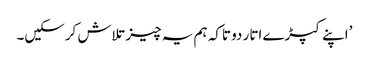
’اپنے کپڑے اتار دو تاکہ ہم یہ چیز تلاش کرسکیں۔